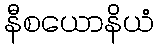
နီစယောနိယံ